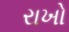
રાખો